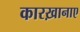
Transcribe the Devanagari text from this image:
कारख़ानाए